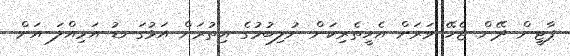
ޕާޓީން ދޭން ޖެހޭ ވަރަށް އެހީތެރިކަން ނުލިބުމުގެ އިތުރަށް އަޅުގަނޑު އަމިއްލަ އަށް